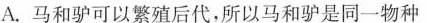
A.马和驴可以繁殖后代，所以马和驴是同一物种